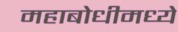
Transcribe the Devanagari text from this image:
महाबोधीमध्ये